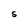
Character: S